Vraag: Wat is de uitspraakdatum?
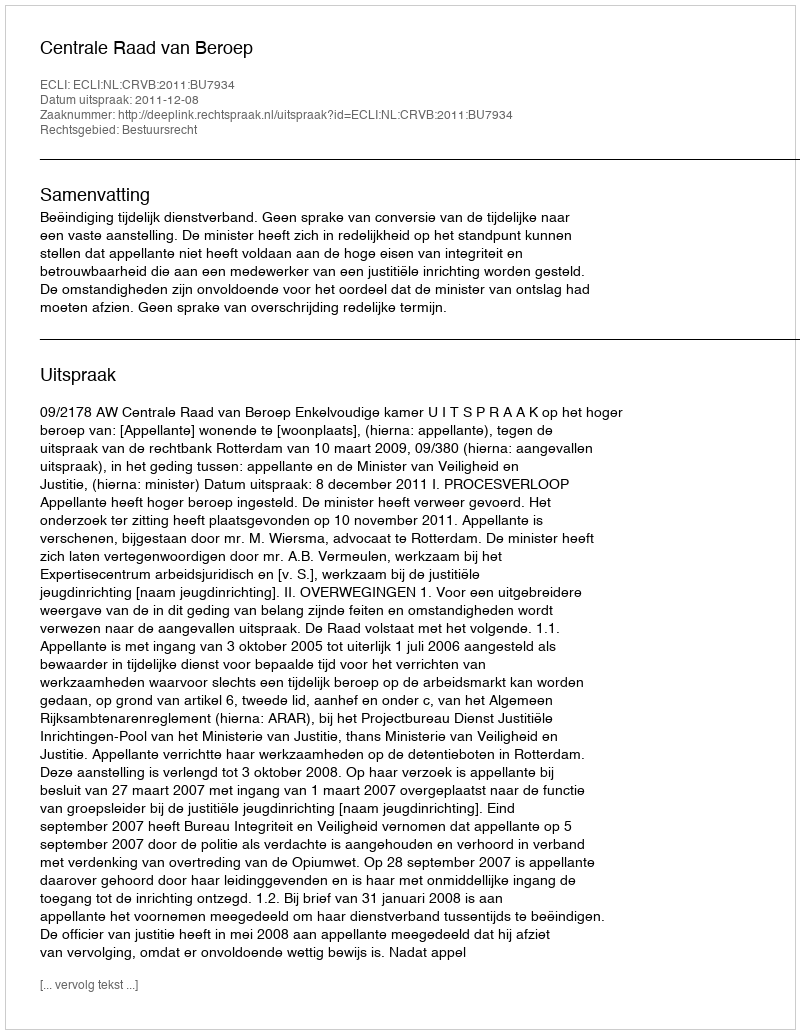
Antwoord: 2011-12-08